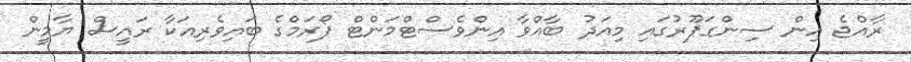
ރާއްޖެ އިން ސިންގަޕޫރުގައި މިއަދު ބާއްވާ އިންވެސްޓްމަންޓް ފޯރަމްގެ ބައިވެރިއަކާ ރައީސް ޔާމީން